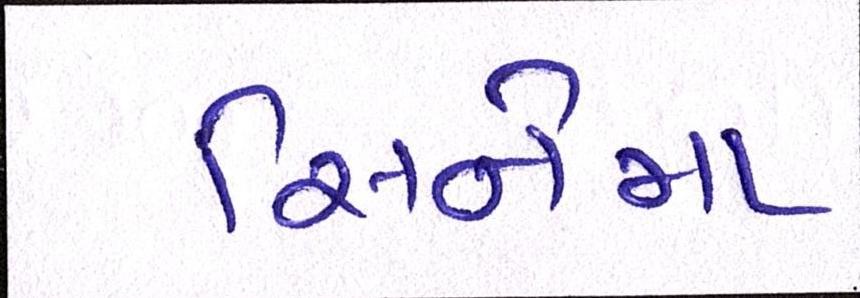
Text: સિનેમા